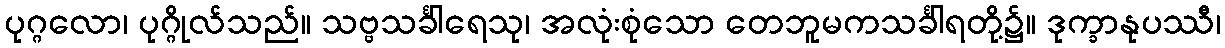
ပုဂ္ဂလော၊ ပုဂ္ဂိုလ်သည်။ သဗ္ဗသင်္ခါရေသု၊ အလုံးစုံသော တေဘူမကသင်္ခါရတို့၌။ ဒုက္ခာနုပဿီ၊